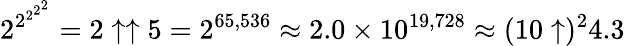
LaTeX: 2^{2^{2^{2^{2}}}}=2\uparrow\uparrow 5=2^{65,536}\approx 2.0\times 10^{19,728}\approx(10\uparrow)^{2}4.3